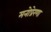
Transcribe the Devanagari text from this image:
मनोप्रेरणा